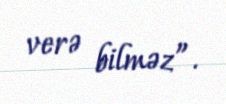
verə bilməz”.